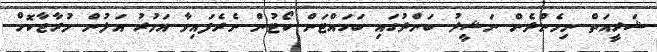
ޝަރީއަތް ނިމެންދެން ނަޝީދު ބަންދުގައި ބަހައްޓަން ކޯޓުން ނެރެފައިވާ އަމުރު އަލުން މުރާޖާކޮށް